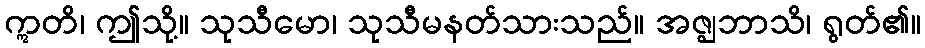
ဣတိ၊ ဤသို့။ သုသီမော၊ သုသီမနတ်သားသည်။ အဇ္ဈဘာသိ၊ ရွတ်၏။